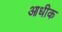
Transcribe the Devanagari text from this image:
आधीक